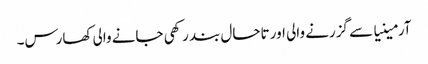
آرمینیا سے گزرنے والی اور تاحال بند رکھی جانے والی کھارس۔